38_143685_box7_Incident_Summaries_1-100
Agency: Department of War
Page 179
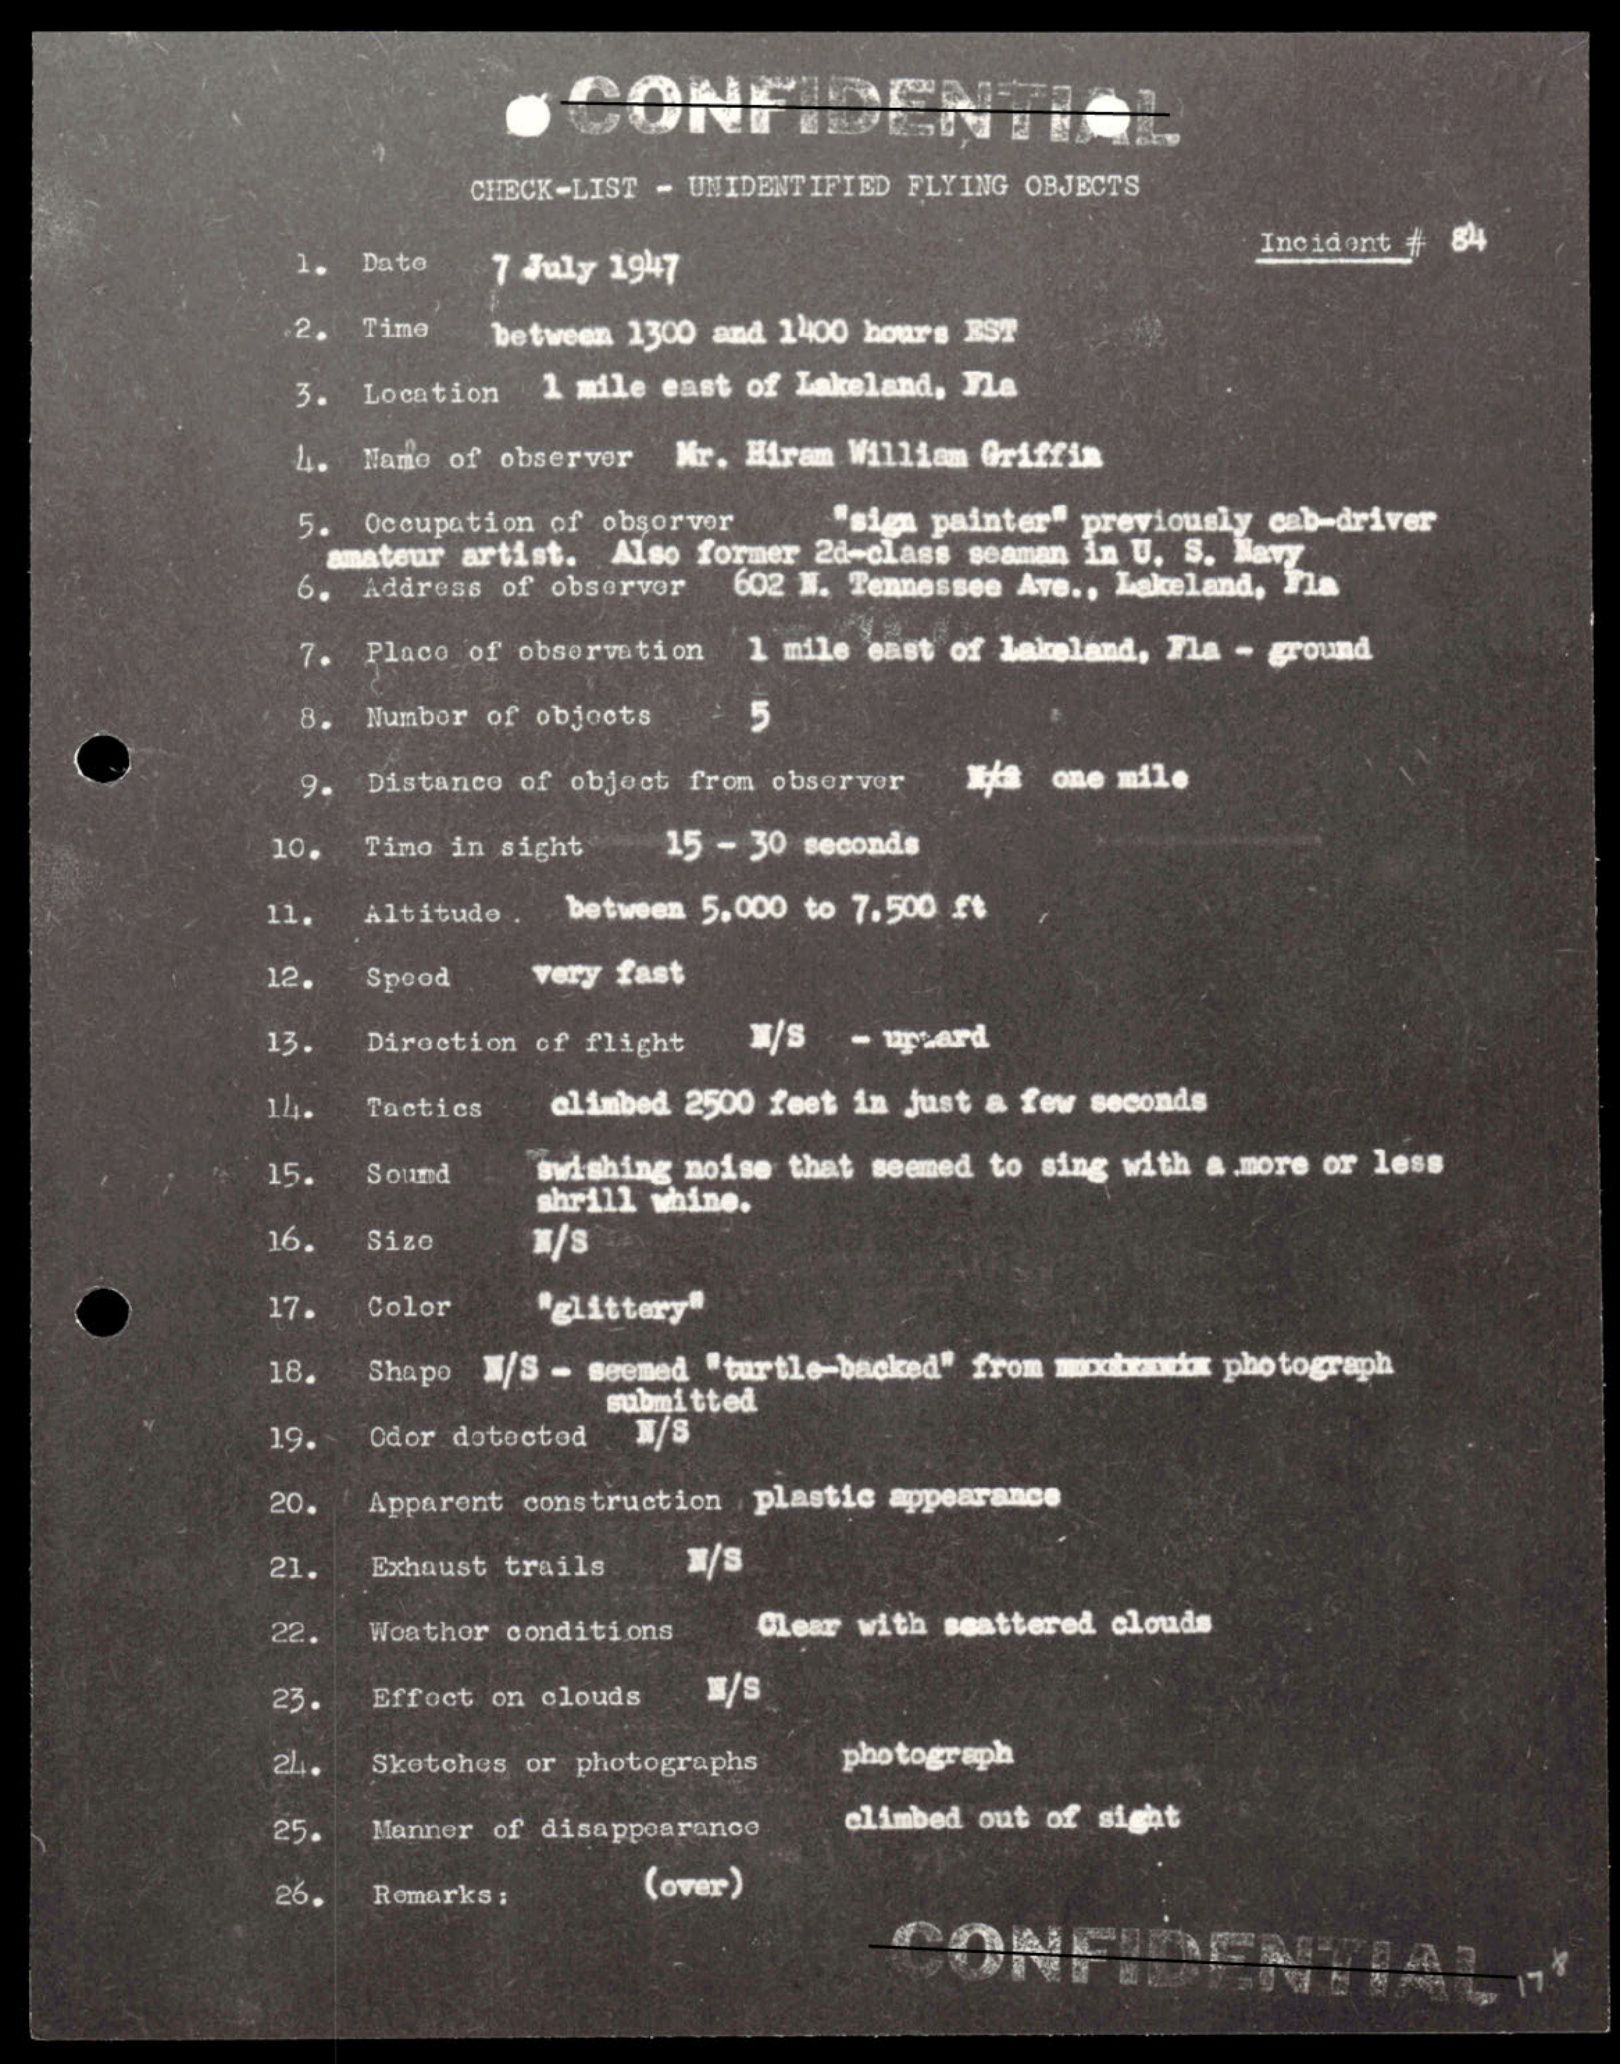